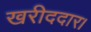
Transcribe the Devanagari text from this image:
खरीददार।